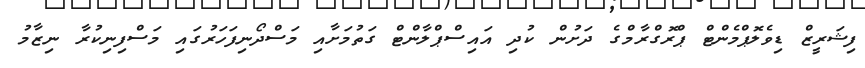
ފިޝަރީޒް ޑިވެލޮޕްމެންޓް ޕްރޮގްރާމްގެ ދަށުން ކުދި އައިސްޕްލާންޓް ގަތުމަށާއި މަސްދޯނިފަހަރުގައި މަސްފިނިކުރާ ނިޒާމު